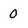
Character: 0